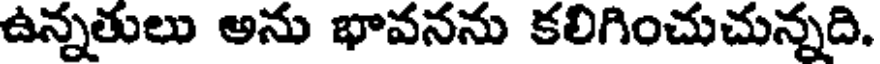
ఉన్నతులు అను భావనను కలిగించుచున్నది.